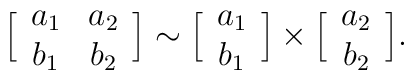
\Big[  \begin{array}{cc} a_1 & a_2 \cr b_1 & b_2 \end{array} \Big]\sim\Big[  \begin{array}{c} a_1 \cr b_1 \end{array} \Big] \times\Big[  \begin{array}{c} a_2 \cr b_2 \end{array} \Big].